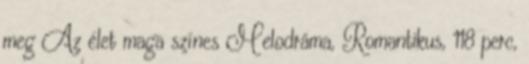
meg Az élet maga színes Melodráma, Romantikus, 118 perc,